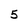
Character: 5